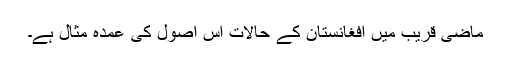
ماضی قریب میں افغانستان کے حالات اس اصول کی عمدہ مثال ہے۔